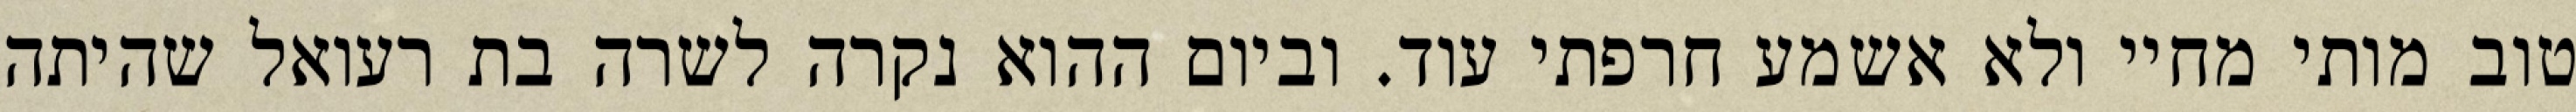
טוב מותי מחיי ולא אשמע חרפתי עוד. וביום ההוא נקרה לשרה בת רעואל שהיתה